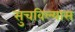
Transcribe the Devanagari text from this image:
सुचविल्यास